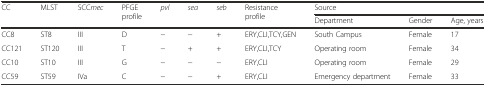
<table><thead><tr><td rowspan="2"><b>CC</b></td><td rowspan="2"><b>MLST</b></td><td rowspan="2"><b>SCC<i>mec</i></b></td><td rowspan="2"><b>PFGE profile</b></td><td rowspan="2"><b><i>pvl</i></b></td><td rowspan="2"><b><i>sea</i></b></td><td rowspan="2"><b><i>seb</i></b></td><td rowspan="2"><b>Resistance profile</b></td><td colspan="3"><b>Source</b></td></tr><tr><td><b>Department</b></td><td><b>Gender</b></td><td><b>Age, years</b></td></tr></thead><tbody><tr><td>CC8</td><td>ST8</td><td>III</td><td>D</td><td>−</td><td>−</td><td>+</td><td>ERY,CLI,TCY,GEN</td><td>South Campus</td><td>Female</td><td>17</td></tr><tr><td>CC121</td><td>ST120</td><td>III</td><td>T</td><td>−</td><td>+</td><td>+</td><td>ERY,CLI,TCY</td><td>Operating room</td><td>Female</td><td>34</td></tr><tr><td>CC10</td><td>ST10</td><td>III</td><td>G</td><td>−</td><td>−</td><td>−</td><td>ERY,CLI</td><td>Operating room</td><td>Female</td><td>29</td></tr><tr><td>CC59</td><td>ST59</td><td>IVa</td><td>C</td><td>−</td><td>−</td><td>+</td><td>ERY,CLI</td><td>Emergency department</td><td>Female</td><td>33</td></tr></tbody></table>